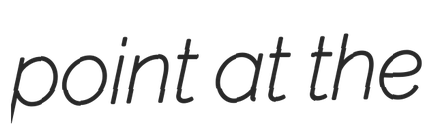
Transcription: point at the